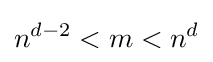
n^{d-2}<m<n^{d}